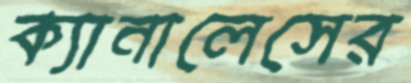
ক্যানালেসের